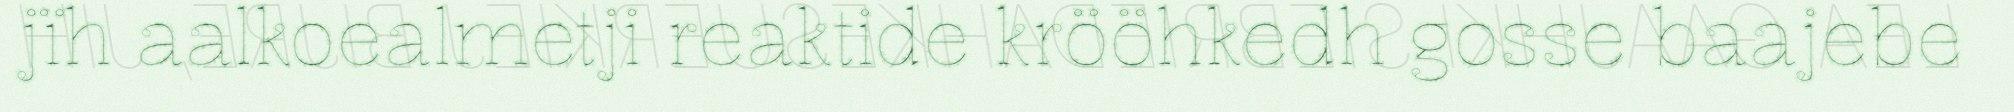
jïh aalkoealmetji reaktide krööhkedh gosse baajebe